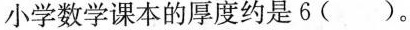
小学数学课本的厚度约是 6 ( )。